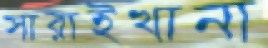
সারাইখানা